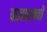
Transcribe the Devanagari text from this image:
याज्ञवल्क्यों